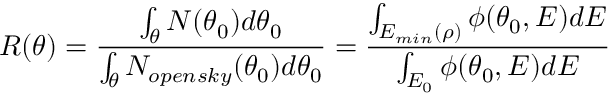
R ( \theta ) = \frac { \int _ { \theta } N ( \theta _ { 0 } ) d \theta _ { 0 } } { \int _ { \theta } N _ { o p e n s k y } ( \theta _ { 0 } ) d \theta _ { 0 } } = \frac { \int _ { E _ { m i n } ( \rho ) } \phi ( \theta _ { 0 } , E ) d E } { \int _ { E _ { 0 } } \phi ( \theta _ { 0 } , E ) d E }